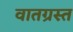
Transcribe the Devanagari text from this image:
वातग्रस्त